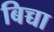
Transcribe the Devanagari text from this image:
बिच्चा